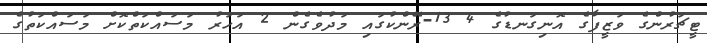
ޓީޗަރުންގެ ވަޒީފާގެ އޮނިގަނޑުގެ 4 13-ރޭންކުގައި މަދުވެގެން 2 އަހަރު މަސައްކަތްކޮށް މަސައްކަތުގެ